画像に写った文字を読んでください
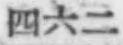
「四六二」と書いてあります